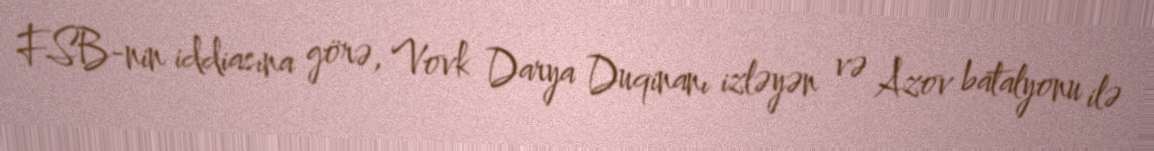
FSB-nin iddiasına görə, Vovk Darya Duqinanı izləyən və Azov batalyonu ilə